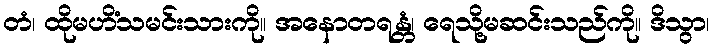
တံ၊ ထိုမဟိံသမင်းသားကို။ အနောတရန္တံ၊ ရေသို့မဆင်းသည်ကို။ ဒိသွာ၊